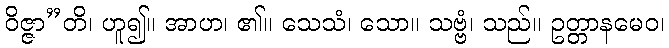
ဝိဇ္ဇာ”တိ၊ ဟူ၍။ အာဟ၊ ၏။ သေသံ၊ သော။ သဗ္ဗံ၊ သည်။ ဥတ္တာနမေဝ၊